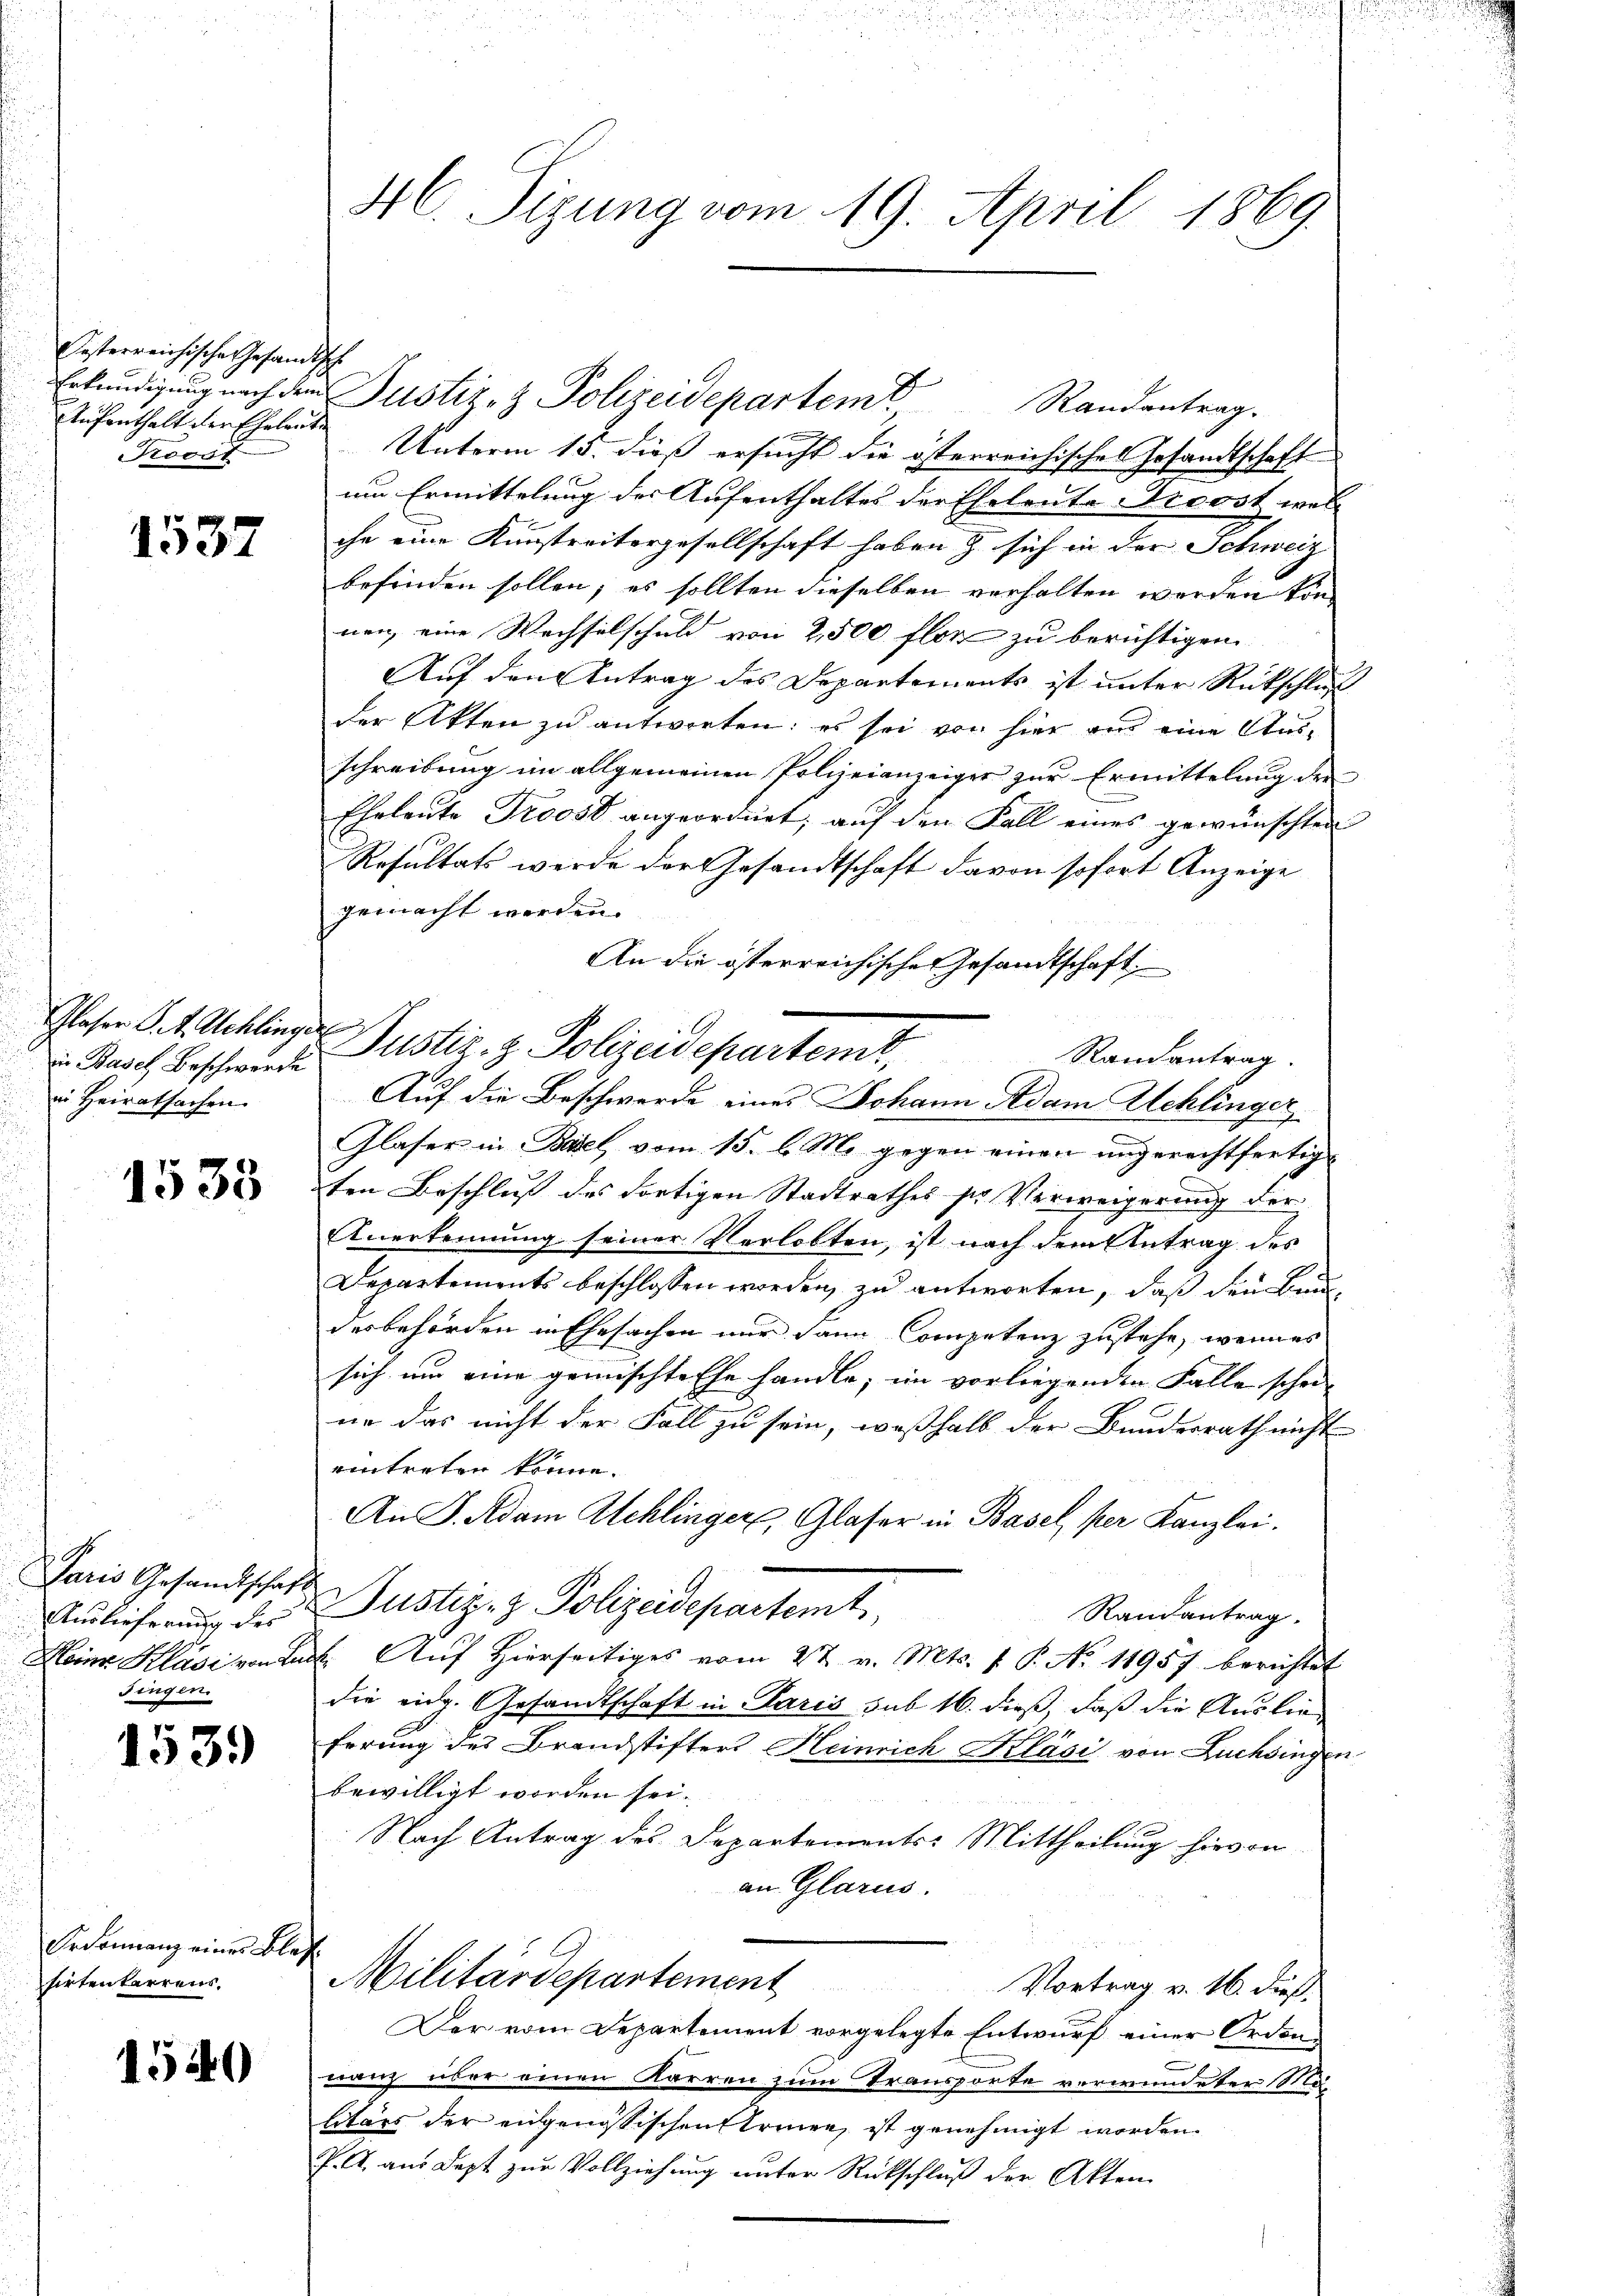
Oesterreichische Gesandtsche
Aufenthalt der Eheleute
Provit

1537

in Basch Beschwerde
en Heiratsachen

1533

Paris Gesandtschaf
Auslieferung des
Fingen.

1539

Ordonnanz einer Bl
sirten terrens,

1540

46. Sigung vom 19. April 1869.

Erkundigung nach den Justiz- & Polizeidepartem Randantrag.
Unterm 15. dieß ersucht die österreichisches Gesandtschaft
um Ermittelung der Aufenthaltes der Eheleute Droost wel
che eine Kunstreitergesellschaft haben & sich in der Schweiz
befinden sollen; es sollten dieselben verhalten werden kön
nen, eine Wechselschuld von 2,500 flor zu berichtigen
Auf den Antrag des Departements ist unter Rückschluß
der Akten zu antworten: es sei von hier aus eine Ausschreibung im allgemeinen Polizeianzeiger zur Ermittelung der
Eheleute Troost angeordnet; auf den Fall eines gewünschten
Resultats werde der Gesandtschaft davon sofort Anzeige
gemacht werden.
An die österreichisches Gesandtschaft

Glaser St. Schlinge Justiz- & Polizeidepartem,
Randantrag.
Auf die Beschwerde eines Johann Adam Schlinger
Glaser in Basel vom 15. l. M. gegen einen ungerechtfertigt
ten Beschluß des fortigen Stadtrathes ser Verweigerung der
Anerkennung seiner Verlobten, ist nach dem Antrag des
Departements beschlossen worden, zu antworten, daß den Bundesbehörden in Ehesachen nur dann Competenz zustehe, wenn es
sich um eine gemischte Ehe handle, im vorliegenden Falle schen |
ne das nicht der Fall zu sein, weßhalb der Bundesrath nicht
eintreten könne.
An J. Adam Schlinger, Glaser in Basel, per Kanzlei.
3
Justiz- & Polizeidepartemt,
Randantrag.
Meine Kläsi von Rect. Auf Hierseitiges vom 27. v. Mts. 1 P. No 11957 berichtet
die eidg. Gesandtschaft in Paris sub 16. dieß, daß die Ausbreferung des Brandstifters Heinrich Kläsi von Züchsingen
bewilligt worden sei.
Nach Antrag des Departements: Mittheilung hievon
an Glarus.
f
Militärdepartement
Vortrag v. 16. dieß.
Der vom Departement vorgelegte Entwurf einer Orden,
nanz über einen Karren zum Transporte verwundeter Malitärs der angenössischen trige, ist genehmigt worden.
P. A. aus Jezt zur Vollziehung unter Rückschluß der Akten